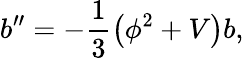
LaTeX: {b^{\prime\prime}=-\frac{1}{3}\left(\phi^{2}+V\right)b,}